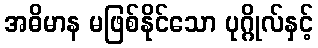
အဓိမာန မဖြစ်နိုင်သော ပုဂ္ဂိုလ်နှင့်